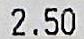
2.50